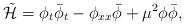
LaTeX: \begin{align*}\mathcal{\tilde{H}} = \phi_t \bar\phi_t - \phi_{xx} \bar\phi + \mu^2 \phi \bar\phi,\end{align*}